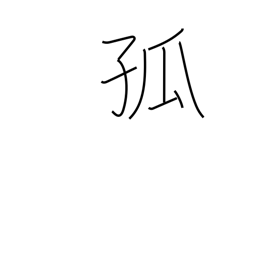
Meaning: alone